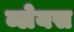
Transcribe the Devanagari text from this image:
ब्लेयस